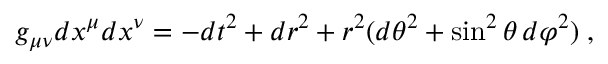
g _ { \mu \nu } d x ^ { \mu } d x ^ { \nu } = - d t ^ { 2 } + d r ^ { 2 } + r ^ { 2 } ( d \theta ^ { 2 } + \sin ^ { 2 } \theta \, d \varphi ^ { 2 } ) \; ,